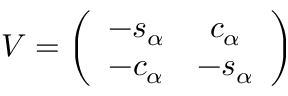
V = \left( \begin{array} { c c } { { - s _ { \alpha } } } & { { c _ { \alpha } } } \\ { { - c _ { \alpha } } } & { { - s _ { \alpha } } } \end{array} \right)